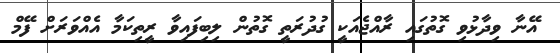
އޭނާ ވިދާޅުވި ގޮތުގައި ރާއްޖެއަކީ ގުދުރަތީ ގޮތުން ލިބިފައިވާ ރީތިކަމާ އެއްވަރަށް ފޭމް